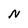
Character: N